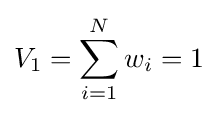
V_{1}=\sum _{i=1}^{N}w_{i}=1